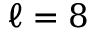
\ell = 8